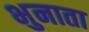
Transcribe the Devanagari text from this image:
भुनाता